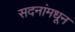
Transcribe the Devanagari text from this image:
सदनांमधून